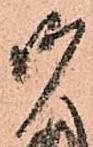
御